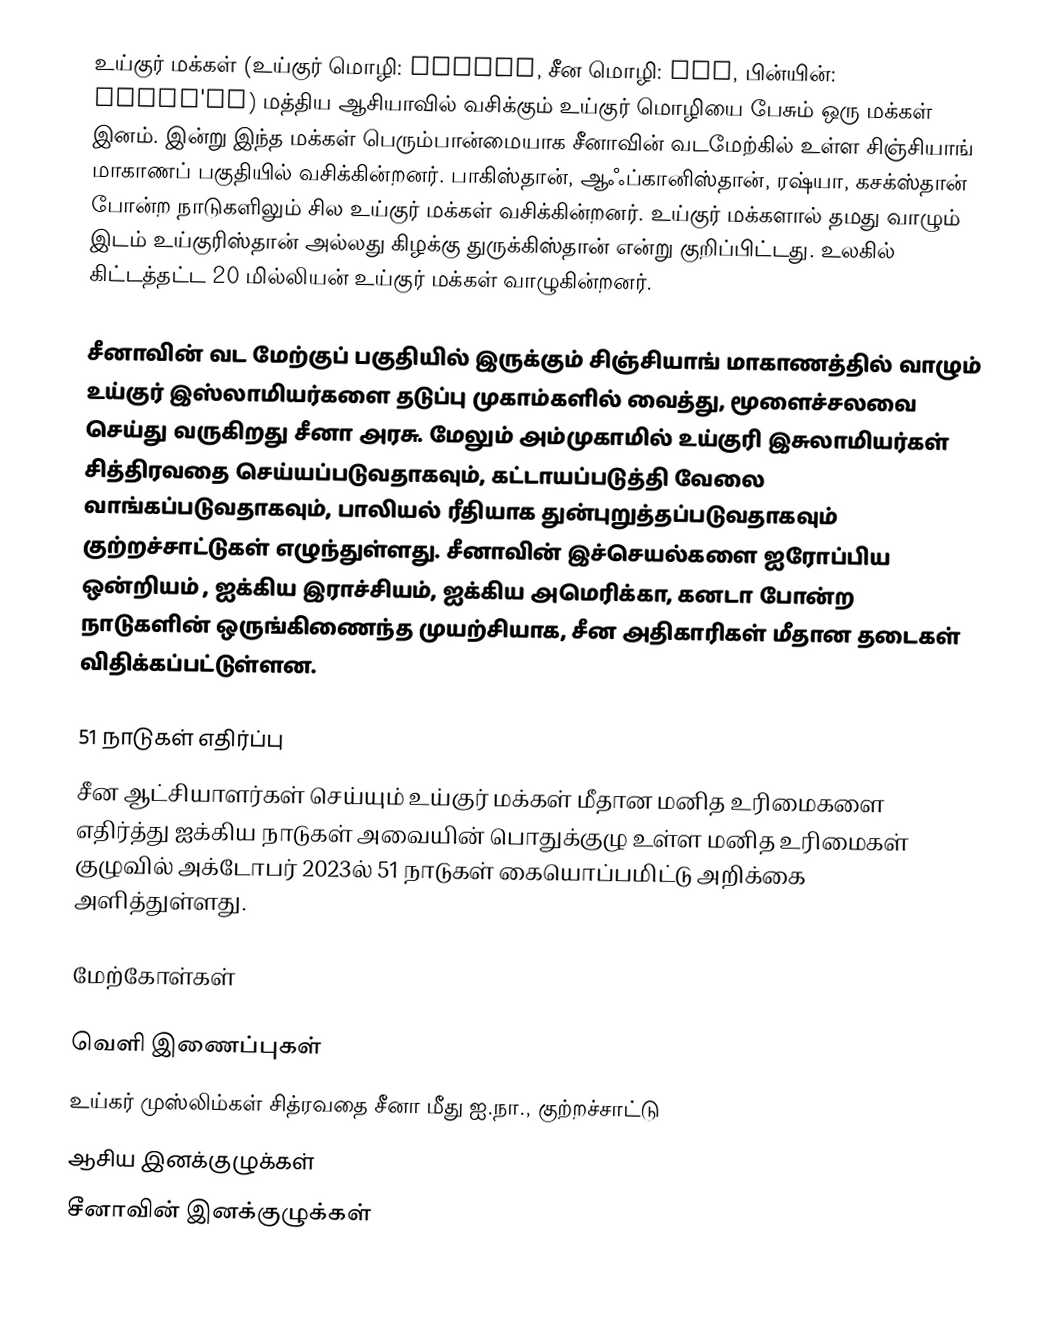
உய்குர் மக்கள் (உய்குர் மொழி: ئۇيغۇر, சீன மொழி: 维吾尔, பின்யின்: Wéiwú'ěr) மத்திய ஆசியாவில் வசிக்கும் உய்குர் மொழியை பேசும் ஒரு மக்கள் இனம். இன்று இந்த மக்கள் பெரும்பான்மையாக சீனாவின் வடமேற்கில் உள்ள சிஞ்சியாங் மாகாணப் பகுதியில் வசிக்கின்றனர். பாகிஸ்தான், ஆஃப்கானிஸ்தான், ரஷ்யா, கசக்ஸ்தான் போன்ற நாடுகளிலும் சில உய்குர் மக்கள் வசிக்கின்றனர். உய்குர் மக்களால் தமது வாழும் இடம் உய்குரிஸ்தான் அல்லது கிழக்கு துருக்கிஸ்தான் என்று குறிப்பிட்டது. உலகில் கிட்டத்தட்ட 20 மில்லியன் உய்குர் மக்கள் வாழுகின்றனர்.

சீனாவின் வட மேற்குப் பகுதியில் இருக்கும் சிஞ்சியாங் மாகாணத்தில் வாழும் உய்குர் இஸ்லாமியர்களை தடுப்பு முகாம்களில் வைத்து, மூளைச்சலவை செய்து வருகிறது சீனா அரசு. மேலும் அம்முகாமில் உய்குரி இசுலாமியர்கள் சித்திரவதை செய்யப்படுவதாகவும், கட்டாயப்படுத்தி வேலை வாங்கப்படுவதாகவும், பாலியல் ரீதியாக துன்புறுத்தப்படுவதாகவும் குற்றச்சாட்டுகள் எழுந்துள்ளது. சீனாவின் இச்செயல்களை ஐரோப்பிய ஒன்றியம் , ஐக்கிய இராச்சியம், ஐக்கிய அமெரிக்கா, கனடா போன்ற நாடுகளின் ஒருங்கிணைந்த முயற்சியாக, சீன அதிகாரிகள் மீதான தடைகள் விதிக்கப்பட்டுள்ளன.

51 நாடுகள் எதிர்ப்பு
சீன ஆட்சியாளர்கள் செய்யும் உய்குர் மக்கள் மீதான மனித உரிமைகளை எதிர்த்து ஐக்கிய நாடுகள் அவையின் பொதுக்குழு உள்ள மனித உரிமைகள் குழுவில் அக்டோபர் 2023ல் 51 நாடுகள் கையொப்பமிட்டு அறிக்கை அளித்துள்ளது.

மேற்கோள்கள்

வெளி இணைப்புகள்
  உய்கர் முஸ்லிம்கள் சித்ரவதை சீனா மீது ஐ.நா., குற்றச்சாட்டு
ஆசிய இனக்குழுக்கள்
சீனாவின் இனக்குழுக்கள்